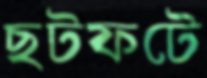
ছটফটে